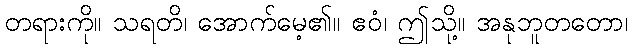
တရားကို။ သရတိ၊ အောက်မေ့၏။ ဧဝံ၊ ဤသို့။ အနုဘူတတော၊